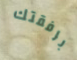
برفقتك